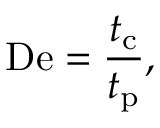
\mathrm { D e } = { \frac { t _ { \mathrm { c } } } { t _ { \mathrm { p } } } } ,